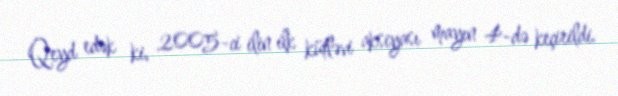
Qeyd edək ki, 2005-ci ilin ilk kütləvi aksiyası mayın 4-də keçirildi.